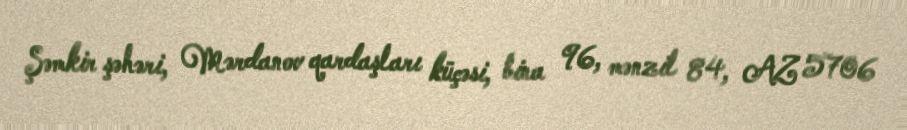
Şəmkir şəhəri, Mərdanov qardaşları küçəsi, bina 96, mənzil 84, AZ 5706